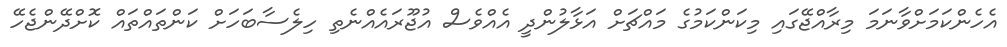
އެހެންކަމަށްވާނަމަ މިރާއްޖޭގައި މިކަންކަމުގެ މައްޗަށް އަޅާލުންދީ އެއްވެސް އުޖޫރައެއްނެތި ހިލެސާބަހަށް ކަންތައްތައް ކޮށްދޭންޖެހޭ